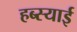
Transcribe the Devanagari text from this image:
हब्स्याई